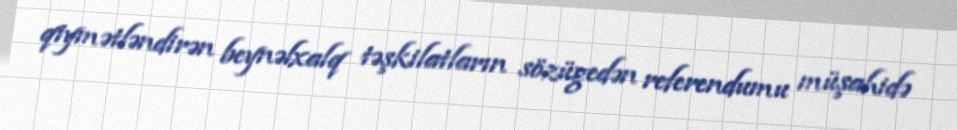
qiymətləndirən beynəlxalq təşkilatların sözügedən referendumu müşahidə